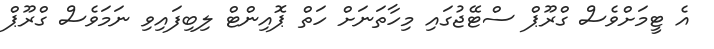
އެ ޓީމަށްވެސް ގްރޫޕް ސްޓޭޖުގައި މިހާތަނަށް ހަތް ޕޮއިންޓް ލިބިފައިވި ނަމަވެސް ގްރޫޕް